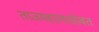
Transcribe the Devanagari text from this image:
ताजमहालासोबत